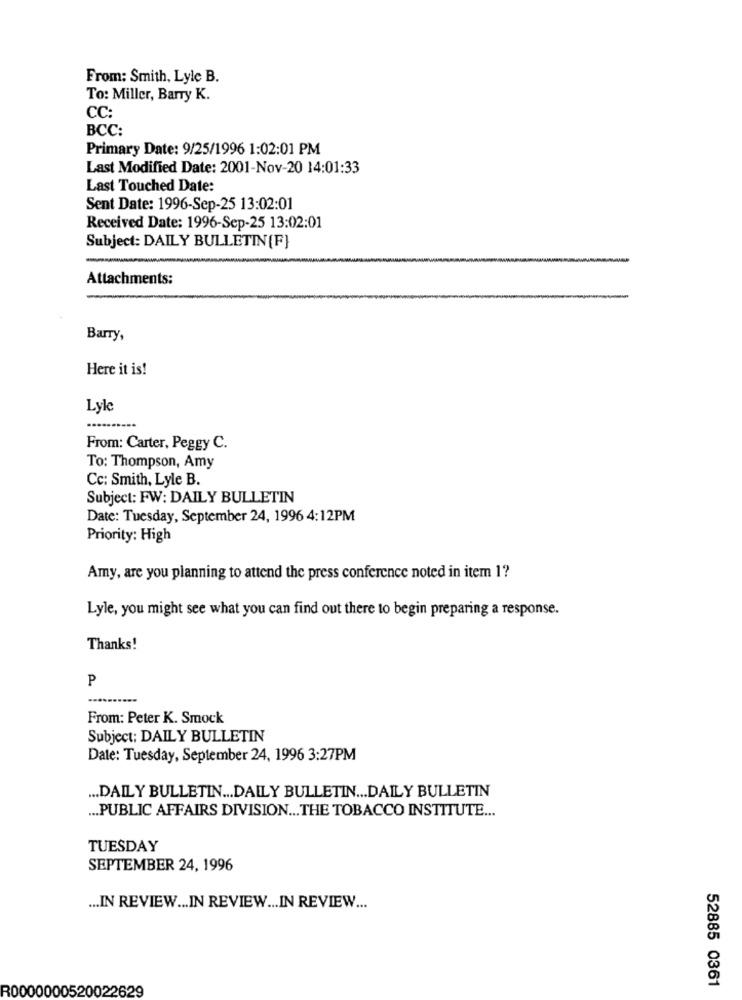
From: Smith, Lyle B.
To: Miller, Barry K.
CC:
BCC:
Primary Date: 9/25/1996 1:02:01 PM
Last Modified Date: 2001-Nov-20 14:01:33
Last Touched Date:
Sent Date: 1996-Sep-25 13:02:01
Received Date: 1996-Sep-25 13:02:01
Subject: DAILY BULLETIN(F]
Attachments:
Barry,
Here it is!
Lyle
From: Carter, Peggy C.
To: Thompson, Amy
Cc: Smith, Lyle B.
Subject: FW: DAILY BULLETIN
Date: Tuesday, September 24, 1996 4:12PM
Priority: High
Amy, are you planning to attend the press conference noted in item 1?
Lyle, you might see what you can find out there to begin preparing a response.
Thanks!
P
From: Peter K. Smock
Subject: DAILY BULLETIN
Date: Tuesday, September 24, 1996 3:27PM
... DAILY BULLETIN ... DAILY BULLETIN ... DAILY BULLETIN
... PUBLIC AFFAIRS DIVISION ... THE TOBACCO INSTITUTE ...
TUESDAY
SEPTEMBER 24, 1996
... IN REVIEW ... IN REVIEW ... IN REVIEW ...
52885 0361
R0000000520022629